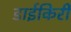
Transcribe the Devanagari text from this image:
डाईकिरी